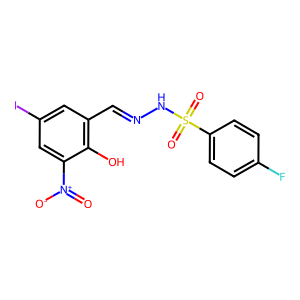
SMILES: O=[N+]([O-])c1cc(I)cc(C=NNS(=O)(=O)c2ccc(F)cc2)c1O
Inhibits HIV replication: No